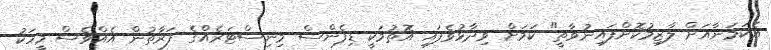
އެކަމަނާއަށް ލާޒިމުކޮށްފައިނުވާތީ" ކަމަށް ވިދާޅުވެފައި އޮތުމަކީ ޑިފެންސް މިނިސްޓަރެއްގެ ފަރާތުން އެއްވެސް މީހަކު